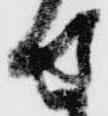
せ